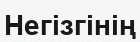
Негізгінің